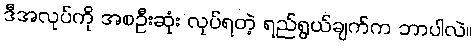
ဒီအလုပ်ကို အစဦးဆုံး လုပ်ရတဲ့ ရည်ရွယ်ချက်က ဘာပါလဲ။